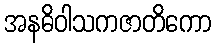
အနဓိဝါသကဇာတိကော